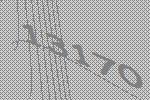
13170